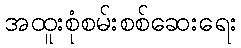
အထူးစုံစမ်းစစ်ဆေးရေး